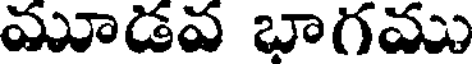
మూడవ బాగము